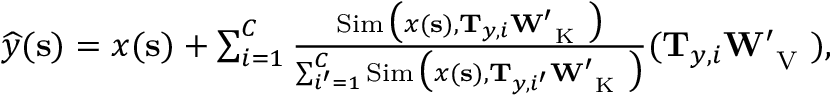
\begin{array} { r } { \boldsymbol { { \widehat { y } } } ( \mathbf { s } ) = \boldsymbol { x } ( \mathbf { s } ) + \sum _ { i = 1 } ^ { C } \frac { \operatorname { S i m } \big ( \boldsymbol { x } ( \mathbf { s } ) , \mathbf { T } _ { \boldsymbol { y } , i } \mathbf { W } _ { \mathrm { ~ K ~ } } ^ { \prime } \big ) } { \sum _ { i ^ { \prime } = 1 } ^ { C } \operatorname { S i m } \big ( \boldsymbol { x } ( \mathbf { s } ) , \mathbf { T } _ { \boldsymbol { y } , i ^ { \prime } } \mathbf { W } _ { \mathrm { ~ K ~ } } ^ { \prime } \big ) } ( \mathbf { T } _ { \boldsymbol { y } , i } \mathbf { W } _ { \mathrm { ~ V ~ } } ^ { \prime } ) , } \end{array}